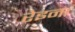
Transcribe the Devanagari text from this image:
रेइना